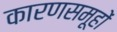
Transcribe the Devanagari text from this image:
कारणसमूहों